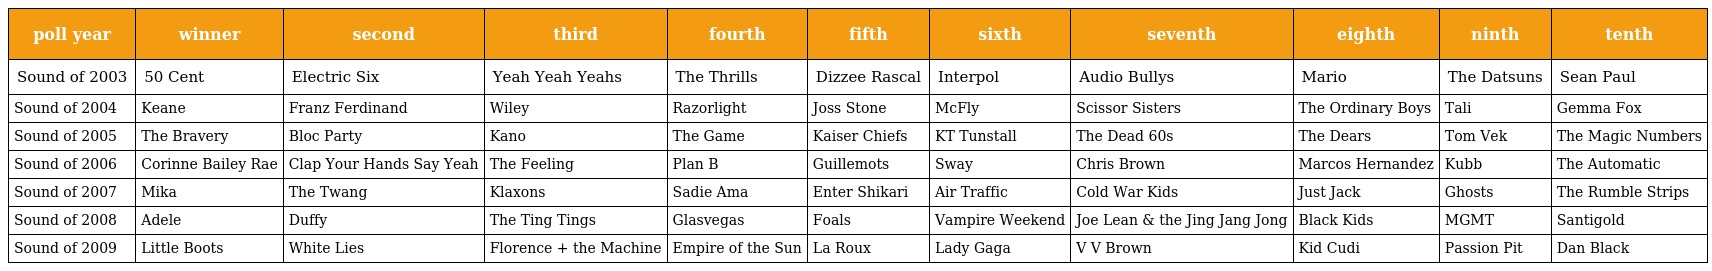
| poll year | winner | second | third | fourth | fifth | sixth | seventh | eighth | ninth | tenth |
 | --- | --- | --- | --- | --- | --- | --- | --- | --- | --- | --- |
 | Sound of 2003 | 50 Cent | Electric Six | Yeah Yeah Yeahs | The Thrills | Dizzee Rascal | Interpol | Audio Bullys | Mario | The Datsuns | Sean Paul |
 | Sound of 2004 | Keane | Franz Ferdinand | Wiley | Razorlight | Joss Stone | McFly | Scissor Sisters | The Ordinary Boys | Tali | Gemma Fox |
 | Sound of 2005 | The Bravery | Bloc Party | Kano | The Game | Kaiser Chiefs | KT Tunstall | The Dead 60s | The Dears | Tom Vek | The Magic Numbers |
 | Sound of 2006 | Corinne Bailey Rae | Clap Your Hands Say Yeah | The Feeling | Plan B | Guillemots | Sway | Chris Brown | Marcos Hernandez | Kubb | The Automatic |
 | Sound of 2007 | Mika | The Twang | Klaxons | Sadie Ama | Enter Shikari | Air Traffic | Cold War Kids | Just Jack | Ghosts | The Rumble Strips |
 | Sound of 2008 | Adele | Duffy | The Ting Tings | Glasvegas | Foals | Vampire Weekend | Joe Lean & the Jing Jang Jong | Black Kids | MGMT | Santigold |
 | Sound of 2009 | Little Boots | White Lies | Florence + the Machine | Empire of the Sun | La Roux | Lady Gaga | V V Brown | Kid Cudi | Passion Pit | Dan Black |